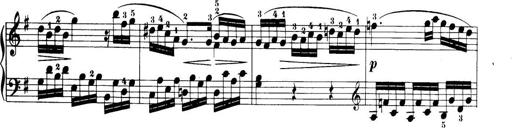
Title: 32 Sonatinas and Rondos for the Piano
Composer: Richard Kleinmichel